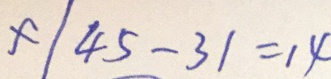
x / 4 5 - 3 1 = 1 4